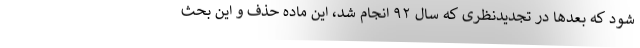
شود که بعدها در تجدیدنظری که سال ۹۲ انجام شد، این ماده حذف و این بحث